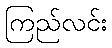
ကြည်လင်း